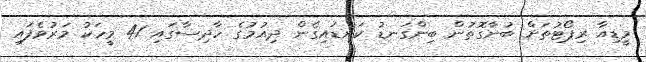
މީޑިއާ ރިޕޯޓުތަށް ބުނާގޮތުން ބިންގަނޑު ކަނޑައިގެން ދިއުމުގެ ހާދިސާގައި 41 މީހަކު މަރުވެފައި